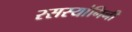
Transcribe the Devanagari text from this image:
रसस्यांगिनी